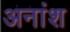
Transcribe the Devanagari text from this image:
अनांश